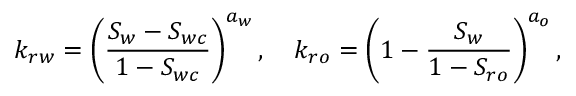
k _ { r w } = \left( \frac { S _ { w } - S _ { w c } } { 1 - S _ { w c } } \right) ^ { a _ { w } } , \quad k _ { r o } = \left( 1 - \frac { S _ { w } } { 1 - S _ { r o } } \right) ^ { a _ { o } } ,